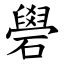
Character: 礐